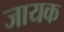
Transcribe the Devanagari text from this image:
जायक